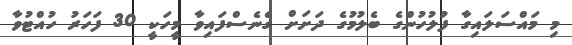
މި މައްސަލައިގާ ފުލުހުންގެ ބެލުމުގެ ދަށަށް ގެނެސްފައިވާ މީހަކީ 30 ފަހަރު ހުއްޓުވާ